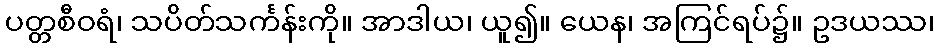
ပတ္တစီဝရံ၊ သပိတ်သင်္ကန်းကို။ အာဒါယ၊ ယူ၍။ ယေန၊ အကြင်ရပ်၌။ ဥဒယဿ၊